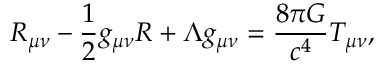
R _ { \mu \nu } - \frac { 1 } { 2 } g _ { \mu \nu } R + \Lambda g _ { \mu \nu } = \frac { 8 \pi G } { c ^ { 4 } } T _ { \mu \nu } ,